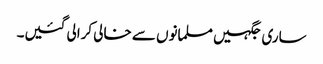
ساری جگہیں مسلمانوں سے خالی کرالی گئیں۔